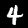
Label: 4